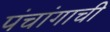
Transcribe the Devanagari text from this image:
पंचांगाची